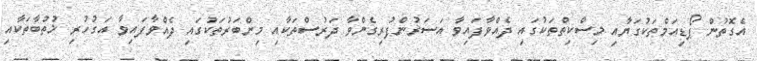
އެގޮތުން ޕޯޑިއަމްތަކުގަޔާއި މިސްކިތްތަކުގައި ދެއްވާފައިވާ އަސަރުންފުރިގެންވާ ދަރުސްތަކާއި މިންބަރުތަކުގައި ދެއްވާފައިވާ އަގުހުރި ޚުތުބާތަކާއި